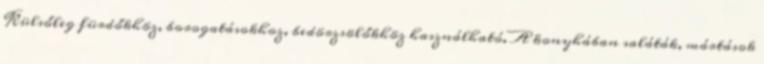
Külsőleg fürdőkhöz, borogatásokhoz, bedörzsölőkhöz használható. A konyhában saláták, mártások